Kominterni_Eesti_sektsioon_Moskvas, lk 23
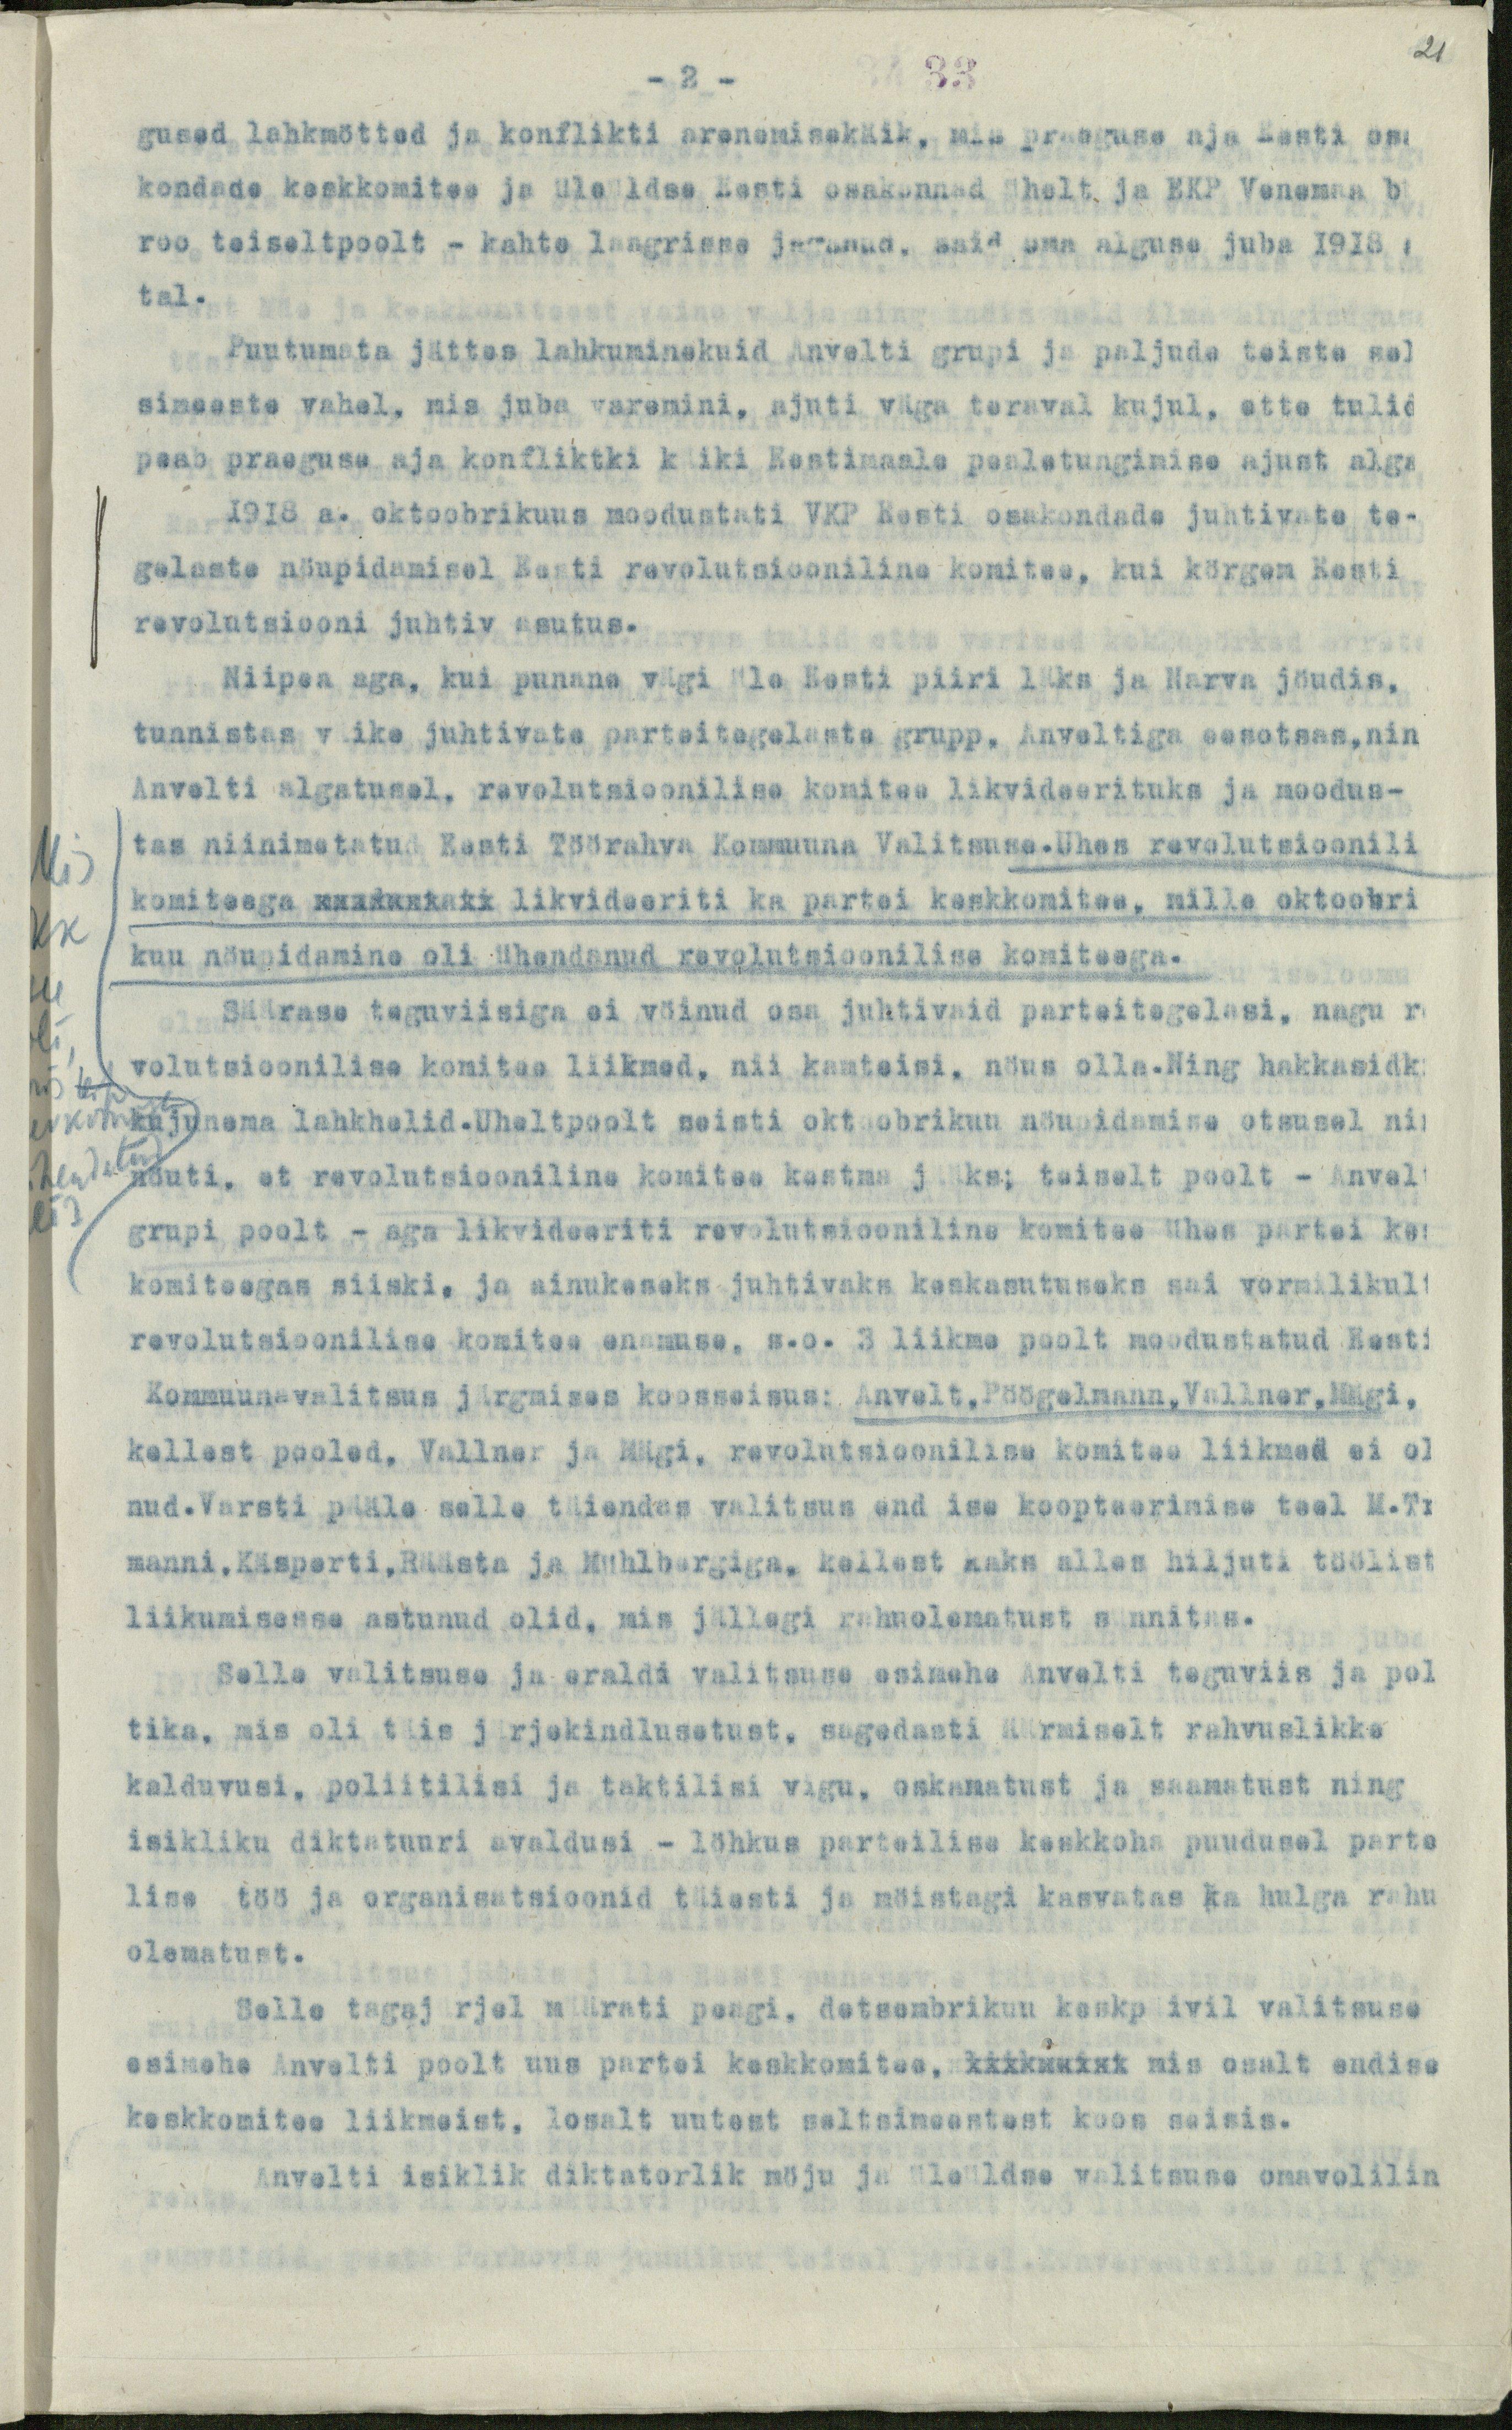
21

- 2 -
33
gused lahkmötted ja konflikti arenemisekäik, mis praeguse aja Eesti osa
kondade keskkomitee ja üleüldse Eesti osakonnad ühelt ja EKP Venemaa bü
roo teiseltpoolt - kahte laagrisse jaganud, said oma alguse juba 1918 a
tal.
Puutumata jättes lahkuminekuid Anvelti grupi ja paljude teiste sel-
simeeste vahel, mis juba varemini, ajuti väga teraval kujul, ette tulid
peab praeguse aja konfliktki köiki Eestimaale pealetungimise ajust alga
1918 a. oktoobrikuus moodustati VKP Eesti osakondada juhtivate te-
gelaste nöupidamisel Eesti revolutsiooniline komitee, kui körgem Eesti
revolutsiooni juhtiv asutus.
Niipea aga, kui punane vägi üle Eesti piiri läks ja Narva jöudis,
tunnistas väike juhtivate parteitegelaste grupp, Anveltiga eesotsas, nin
Anvelti algatusel, revolutsioonilise komitee likvideerituks ja moodus-
tas niinimetatud Eesti Töörahva Kommuuna Valitsuse.Uhes revolutsioonili
komiteega kandankaks likvideeriti ka partei keskkomitee, mille oktoobri
kuu nöupidamine oli ühendanud revolutsioonilise komiteega.
Säärase taguviisiga ei vöinud osa juhtivaid parteitegelasi, nagu r
volutsioonilise komitee liikmed, nii ka teisi, nöus olla. Ning hakkasidki
kujunema lahkhelid. Uheltpoolt seisti oktoobrikuu nöupidamise otsusel ni
nöuti, et revolutsiooniline komitee kestma jääks; teiselt poolt - Anvelt
grupi poolt - aga likvideeriti revolutsiooniline komitee ühes partei kes
komiteegas siiski, ja ainukeseks juhtivaks keskasutuseks sai vormilikult
revolutsioonilise komitee enamuse, s.o. 3 liikme poolt moodustatud Eesti
Kommuunavalitsus järgmises koosseisus: Anvelt, Pöögelmann, Vallner, Mägi,
kellest pooled, Vallner ja Mägi, revolutsioonilise komitee liikmed ei ol
nud.Varsti pääle selle täiendas valitsus end ise koopteerimise teel M.Tr
manni, Käsperti, Räästa ja Mühlbergiga, kellest kaks alles hiljuti töölist
liikumisesse astunud olid, mis jällegi rahuolematust sünnitas.
Selle valitsuse ja eraldi valitsuse esimehe Anvelti teguviis ja pol-
tika, mis oli täis järjekindlusetust, sagedasti äärmiselt rahvuslikke
kalduvusi, poliitilisi ja taktilisi vigu, oskamatust ja saamatust ning
isikliku diktatuuri avaldusi - löhkus parteilise keskkoha puudusel parte
lise töö ja organisatsioonid täiesti ja möistagi kasvatas ka hulga rahu
olematust.
Selle tagajärjel määrati peagi, detsembrikuu keskpäivil valitsuse
esimehe Anvelti poolt uus partei keskkomitee, kokkuwist mis osalt endise
keskkomitee liikmeist, losalt uutest seltsimeestest koos seisis.
Anvelti isiklik diktatorlik möju ja üleüldse valitsuse omavolilin